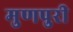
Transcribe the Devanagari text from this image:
मुणपुरी